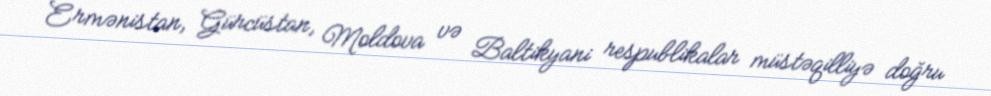
Ermənistan, Gürcüstan, Moldova və Baltikyani respublikalar müstəqilliyə doğru